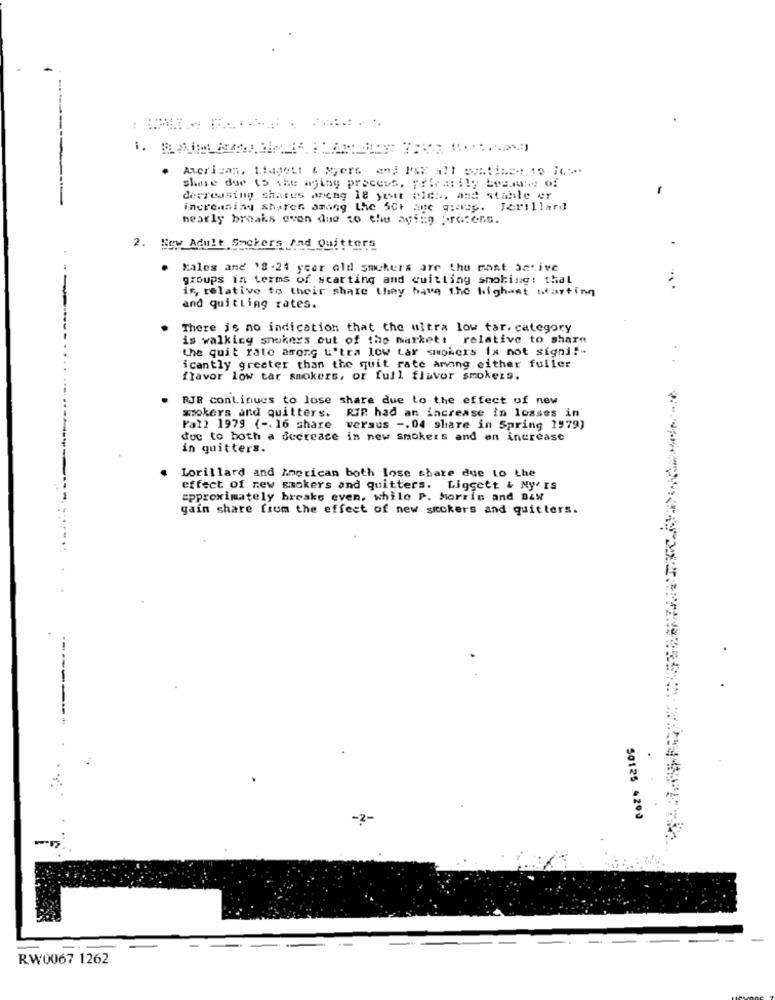
------
. American, Lingett & Myers and PAR all sontized to its
share due (5 the aging process, primarily because of
decreasing shares aneng 18 yet old :., and stable er
increasing sharen among the 5Ct Que qiaog. Jorillard
nearly breaks even due to the aviig pretens.
2. New Adult Smokers And Quittors
Males and '8-24 year old smokers are the most active
groups in terms of starting and quitting smoking: thal
is, relative to their share they have the highest starting
and quitLing rates.
There is no indication that the uitra low tar. category
is walkicy snoknys out of the markett relative to share
the quit rate among L'tra low tar smokers is not signif-
icantly greater than the quit rate among either fuller
flavor low tar smokers, or full flavor smokers.
RJE continues to lose share due to the effect of new
mokers and quitters. RIR had an increase in losses in
Fal? 1979 ( -. 16 share versus -. 04 share in Spring 1979)
duc to both a decrease in new smokers and an increase
in quitters.
Lorillard and American both lose share due to the
effect of new smokers and quitters. Liggett & My' IS
approximately breaks even, while P. Morris and DAW
gain share from the effect of new smokers and quitters.
-2-
50125 429J
RW0067 1262